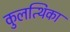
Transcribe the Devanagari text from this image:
कुलत्थिका